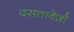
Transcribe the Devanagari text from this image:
दसतावेज़ी